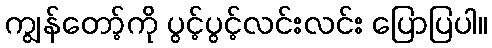
ကျွန်တော့်ကို ပွင့်ပွင့်လင်းလင်း ပြောပြပါ။